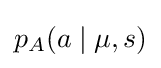
p_{A}(a\mid \mu ,s)